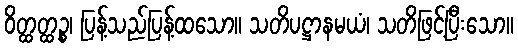
ဝိတ္ထတ္ထဉ္စ၊ ပြန့်သည်ပြန့်ထသော။ သတိပဋ္ဌာနမယံ၊ သတိဖြင့်ပြီးသော။